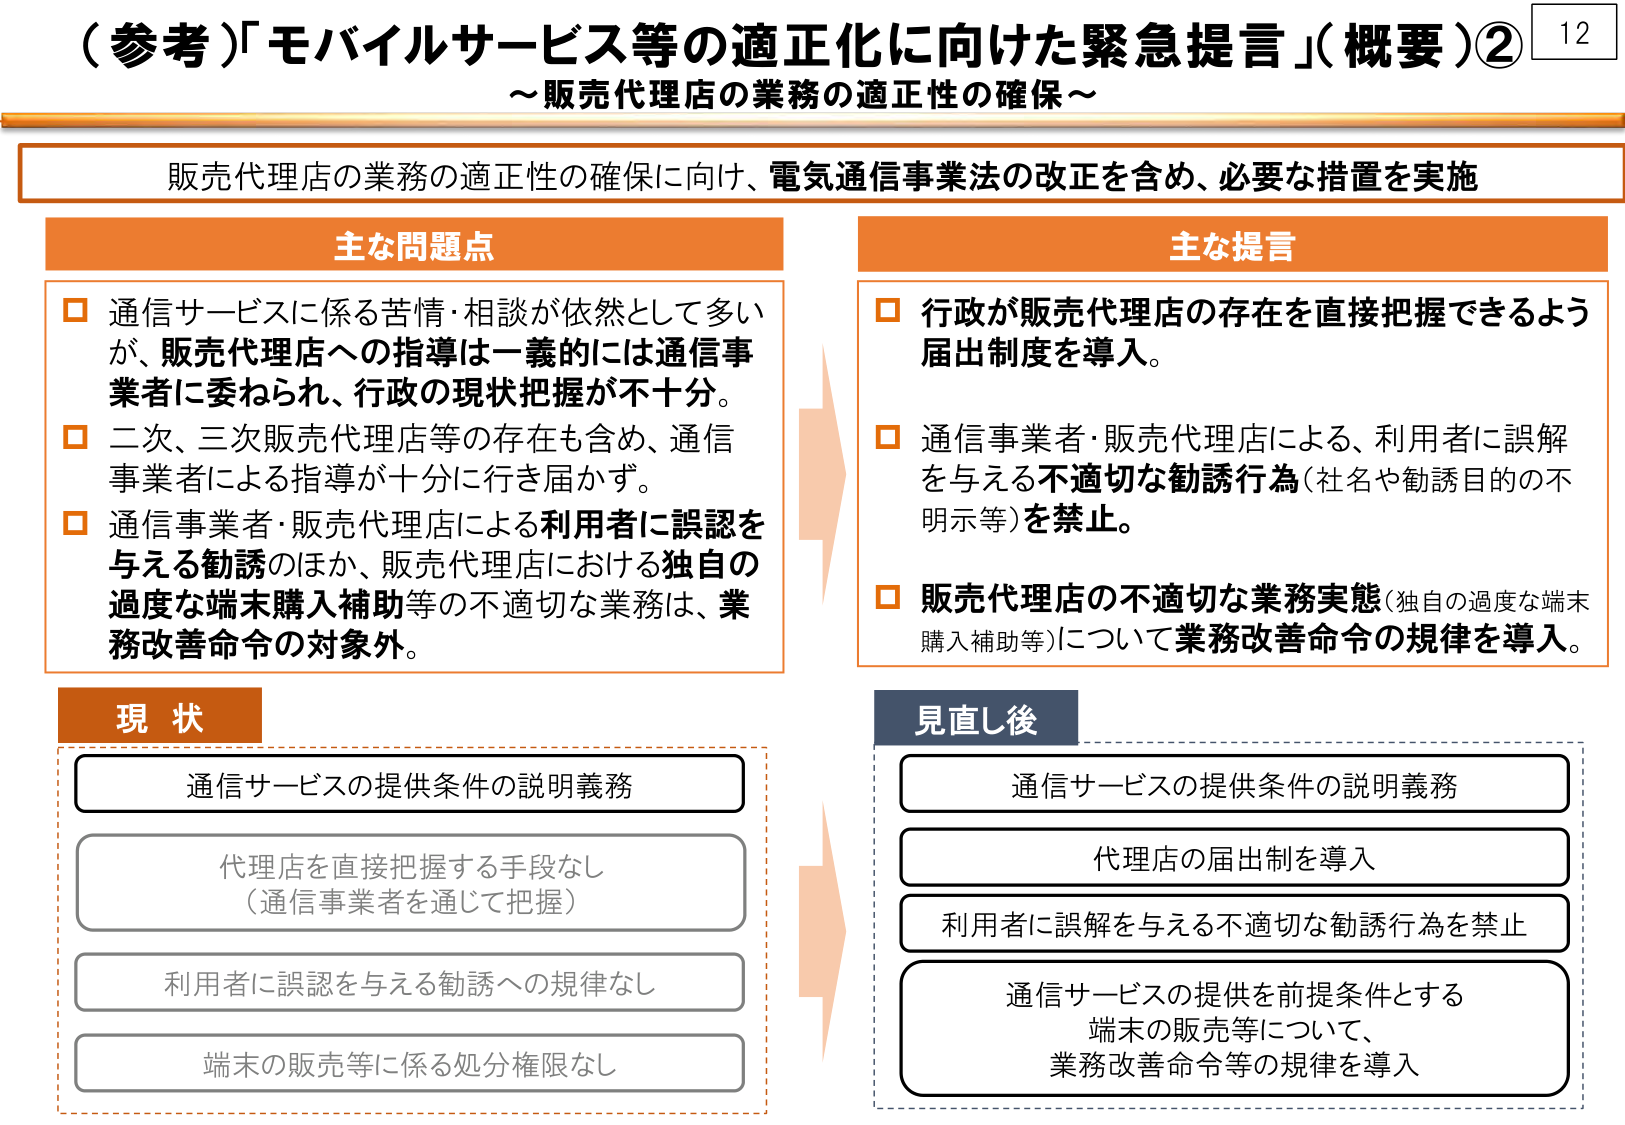
（参考）「モバイルサービス等の適正化に向けた緊急提言」（概要）②
～販売代理店の業務の適正性の確保～

販売代理店の業務の適正性の確保に向け、電気通信事業法の改正を含め、必要な措置を実施

主な問題点
□ 通信サービスに係る苦情・相談が依然として多いが、販売代理店への指導は一義的には通信事業者に委ねられ、行政の現状把握が不十分。
□ 二次、三次販売代理店等の存在も含め、通信事業者による指導が十分に行き届かず。
□ 通信事業者・販売代理店による利用者に誤認を与える勧誘のほか、販売代理店における独自の過度な端末購入補助等の不適切な業務は、業務改善命令の対象外。

主な提言
□ 行政が販売代理店の存在を直接把握できるよう届出制度を導入。
□ 通信事業者・販売代理店による、利用者に誤解を与える不適切な勧誘行為（社名や勧誘目的の不明示等）を禁止。
□ 販売代理店の不適切な業務実態（独自の過度な端末購入補助等）について業務改善命令の規律を導入。

現状
通信サービスの提供条件の説明義務
代理店を直接把握する手段なし（通信事業者を通じて把握）
利用者に誤認を与える勧誘への規律なし
端末の販売等に係る処分権限なし

見直し後
通信サービスの提供条件の説明義務
代理店の届出制を導入
利用者に誤解を与える不適切な勧誘行為を禁止
通信サービスの提供を前提条件とする端末の販売等について、業務改善命令等の規律を導入

12